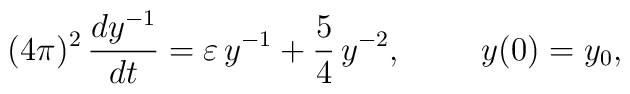
(4\pi )^{2}\,\frac{dy^{-1}}{dt}=\varepsilon \,y^{-1}+\frac{5}{4}\,y^{-2},\,\,\,\,\,\,\,\,\,\,\,\,\,\,y(0)=y_{0},